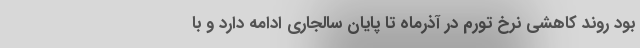
بود روند کاهشی نرخ تورم در آذرماه تا پایان سالجاری ادامه دارد و با